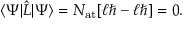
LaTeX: \langle \Psi \vert { \hat { L } } \vert \Psi \rangle = N _ { \mathrm { { a t } } } [ \ell \hbar - \ell \hbar ] = 0 .